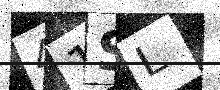
Text: 41SL